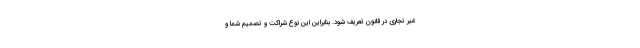
غیر تجاری در قانون تعریف شود. بنابراین این نوع شراکت و تصمیم شما و